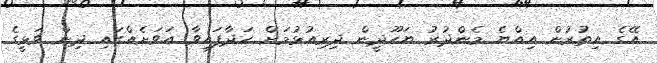
އޭގެ އިތުރުން އިއްޔެ މެންދުރު ޔަހޫދީން ދިރިއުޅުމަށް ހަދާފައިވާ އަވަށެއްގައި ދިން ވަޅީގެ